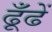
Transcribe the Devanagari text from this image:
ढूँढें